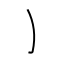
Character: ㇁